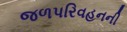
જળપરિવહનની